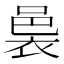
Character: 𮖄